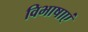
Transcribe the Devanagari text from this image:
विभाषाएं